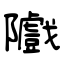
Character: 隵